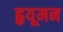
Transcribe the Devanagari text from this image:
हृयूमन